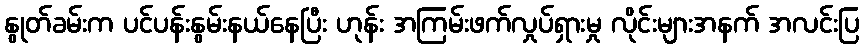
နွုတ်ခမ်းက ပင်ပန်းနွမ်းနယ်နေပြီး ဟုန်း အကြမ်းဖက်လှုပ်ရှားမှု လိုင်းများအနက် အလင်းပြ